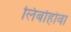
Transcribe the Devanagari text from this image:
लिबोहोवा